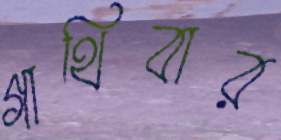
গাথিবার